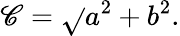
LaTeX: \mathscr{C}={\sqrt{}{{a^{2}+b^{2}}}}.